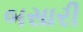
બસારી